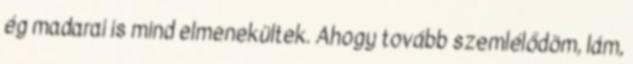
ég madarai is mind elmenekültek. Ahogy tovább szemlélődöm, lám,